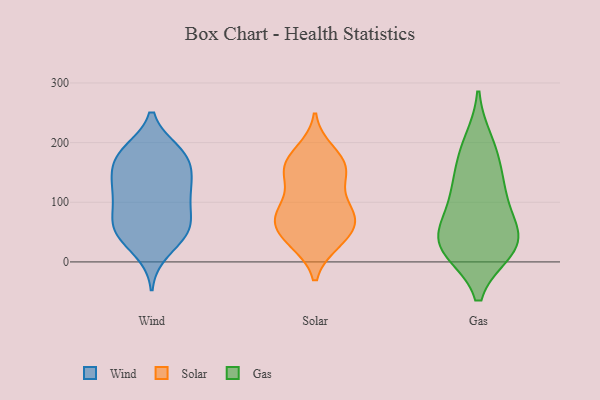
{"axis": {"x": "LTV (USD)", "y": "Value"}, "legend": ["Gas", "Solar", "Wind"], "data": [{"x": "", "y": 113, "type": "Wind"}, {"x": "", "y": 50, "type": "Wind"}, {"x": "", "y": 181, "type": "Wind"}, {"x": "", "y": 142, "type": "Wind"}, {"x": "", "y": 66, "type": "Wind"}, {"x": "", "y": 166, "type": "Wind"}, {"x": "", "y": 54, "type": "Wind"}, {"x": "", "y": 176, "type": "Wind"}, {"x": "", "y": 45, "type": "Wind"}, {"x": "", "y": 183, "type": "Wind"}, {"x": "", "y": 118, "type": "Wind"}, {"x": "", "y": 185, "type": "Wind"}, {"x": "", "y": 18, "type": "Wind"}, {"x": "", "y": 52, "type": "Wind"}, {"x": "", "y": 123, "type": "Wind"}, {"x": "", "y": 77, "type": "Wind"}, {"x": "", "y": 141, "type": "Wind"}, {"x": "", "y": 97, "type": "Wind"}, {"x": "", "y": 76, "type": "Solar"}, {"x": "", "y": 150, "type": "Solar"}, {"x": "", "y": 143, "type": "Solar"}, {"x": "", "y": 154, "type": "Solar"}, {"x": "", "y": 180, "type": "Solar"}, {"x": "", "y": 32, "type": "Solar"}, {"x": "", "y": 186, "type": "Solar"}, {"x": "", "y": 96, "type": "Solar"}, {"x": "", "y": 33, "type": "Solar"}, {"x": "", "y": 163, "type": "Solar"}, {"x": "", "y": 82, "type": "Solar"}, {"x": "", "y": 32, "type": "Solar"}, {"x": "", "y": 100, "type": "Solar"}, {"x": "", "y": 151, "type": "Solar"}, {"x": "", "y": 74, "type": "Solar"}, {"x": "", "y": 55, "type": "Solar"}, {"x": "", "y": 66, "type": "Solar"}, {"x": "", "y": 65, "type": "Solar"}, {"x": "", "y": 30, "type": "Gas"}, {"x": "", "y": 200, "type": "Gas"}, {"x": "", "y": 21, "type": "Gas"}, {"x": "", "y": 38, "type": "Gas"}, {"x": "", "y": 62, "type": "Gas"}, {"x": "", "y": 111, "type": "Gas"}, {"x": "", "y": 141, "type": "Gas"}, {"x": "", "y": 30, "type": "Gas"}, {"x": "", "y": 25, "type": "Gas"}, {"x": "", "y": 178, "type": "Gas"}, {"x": "", "y": 105, "type": "Gas"}]}